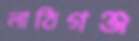
লাঠিগঞ্জ